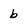
Character: b